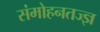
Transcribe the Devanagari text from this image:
संमोहनतज्‍ज्ञ